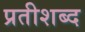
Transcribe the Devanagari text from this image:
प्रतीशब्द